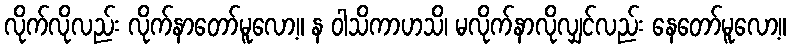
လိုက်လိုလည်း လိုက်နာတော်မူလော့။ န ဝါသိကာဟသိ၊ မလိုက်နာလိုလျှင်လည်း နေတော်မူလော့။